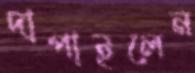
দাপাইলেন